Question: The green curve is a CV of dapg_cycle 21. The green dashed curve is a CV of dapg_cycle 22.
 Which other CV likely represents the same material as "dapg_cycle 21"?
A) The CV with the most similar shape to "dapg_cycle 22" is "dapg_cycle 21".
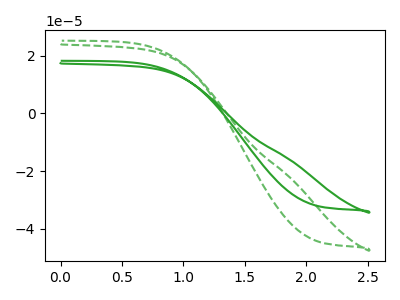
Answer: <think>The green curve "dapg_cycle 21" has no peaks. The green dashed curve "dapg_cycle 22" has no peaks.
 Neither "dapg_cycle 21" or "dapg_cycle 22" have any peaks.</think>
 <answer>A) The CV with the most similar shape to "dapg_cycle 22" is "dapg_cycle 21".</answer>
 <eval>A</eval>